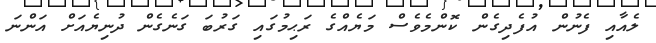
ލެއާއި ފެނުން އުފެދިގެން ކޮންމެވެސް މަޔެއްގެ ރަޙިމުގައި ގަރުބަ ގަނެގެން ދުނިޔެއަށް އަންނަ